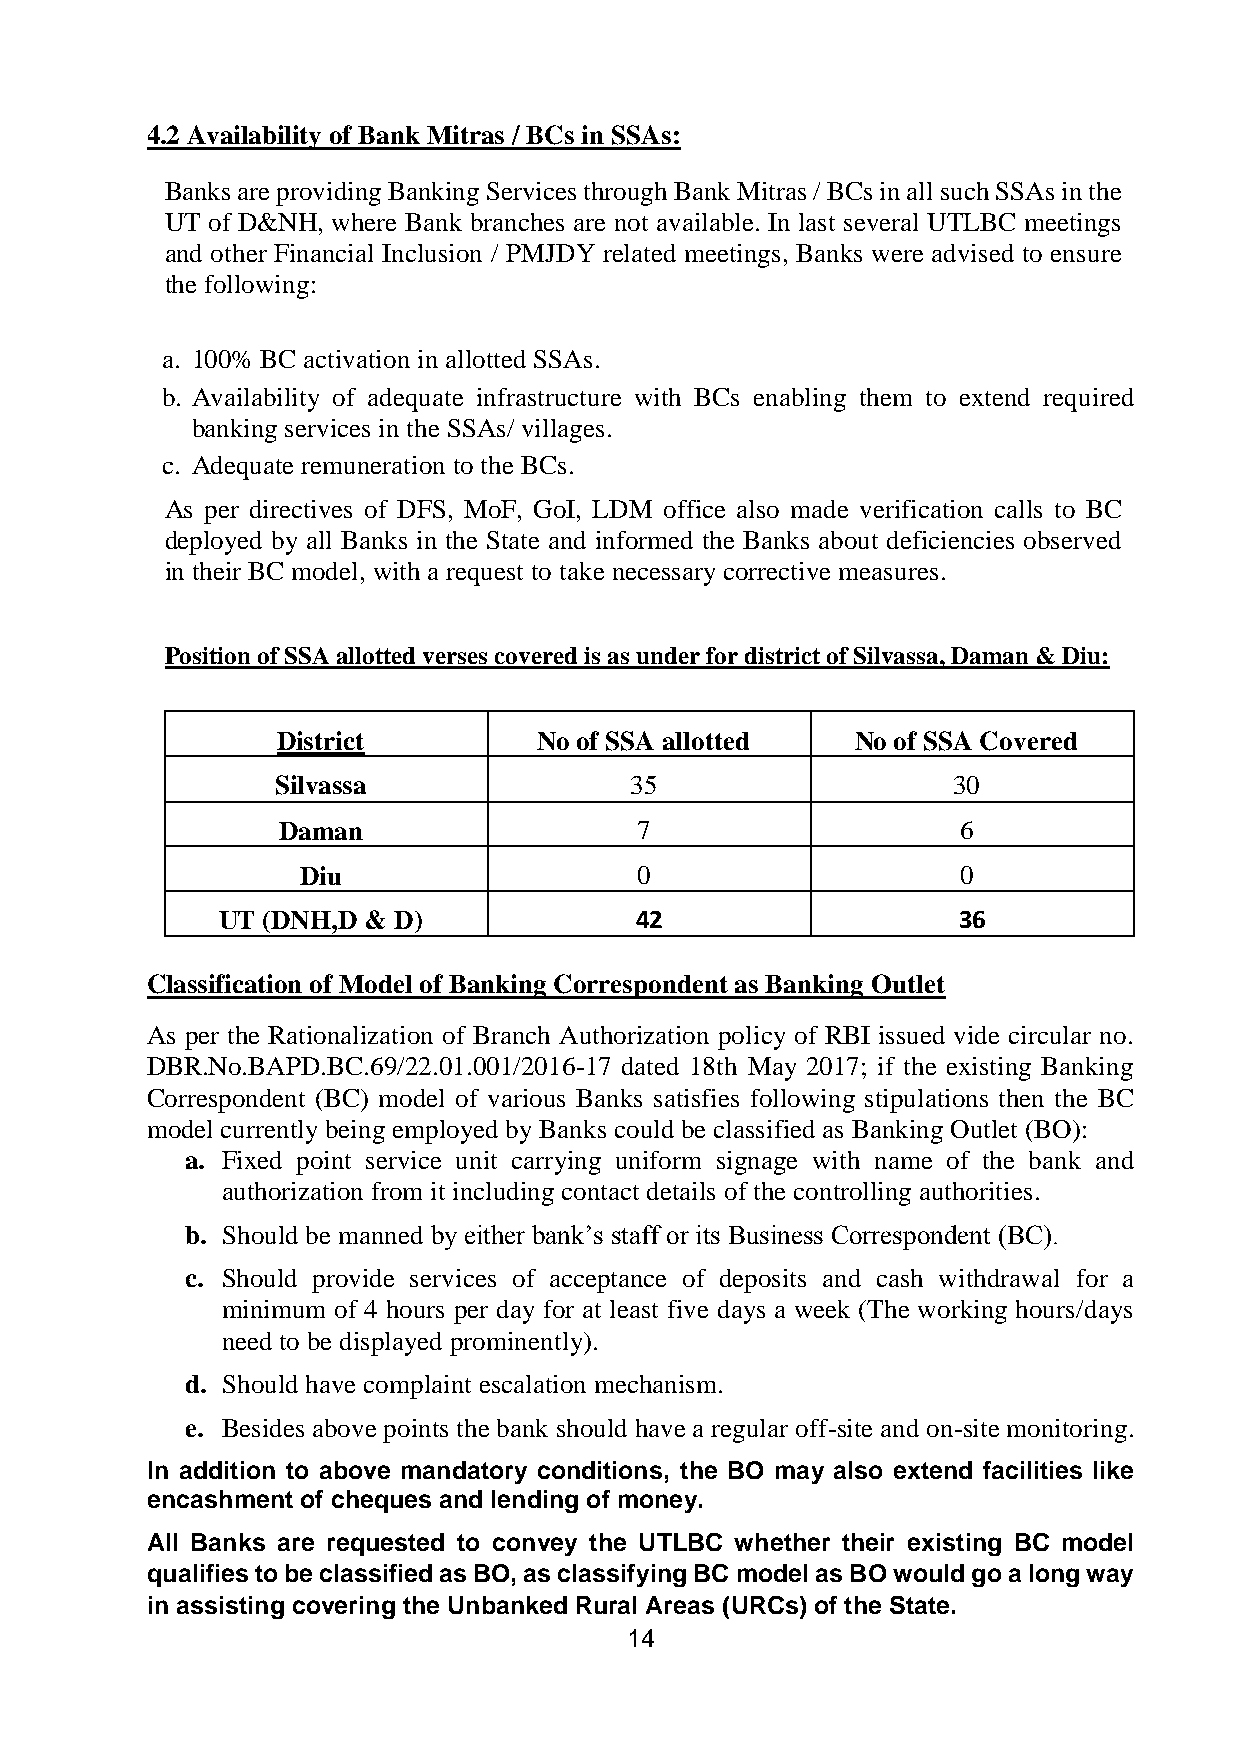
4.2 Availability of Bank Mitras / BCs in SSAs:
 Banks are providing Banking Services through Bank Mitras / BCs in all such SSAs in the
 UT of D&NH, where Bank branches are not available. In last several UTLBC meetings
 and other Financial Inclusion / PMJDY related meetings, Banks were advised to ensure
 the following:
 a. 100% BC activation in allotted SSAs.
 b. Availability of adequate infrastructure with BCs enabling them to extend required
 banking services in the SSAs/ villages.
 c. Adequate remuneration to the BCs.
 As per directives of DFS, MoF, GoI, LDM office also made verification calls to BC
 deployed by all Banks in the State and informed the Banks about deficiencies observed
 in their BC model, with a request to take necessary corrective measures.
 Position of SSA allotted verses covered is as under for district of Silvassa, Daman & Diu:
 District          No of SSA allotted   No of SSA Covered
 Silvassa                35                   30
 Daman                   7                     6
 Diu                   0                     0
 UT (DNH,D & D)              42                   36
 Classification of Model of Banking Correspondent as Banking Outlet
 As per the Rationalization of Branch Authorization policy of RBI issued vide circular no.
 DBR.No.BAPD.BC.69/22.01.001/2016-17 dated 18th May 2017; if the existing Banking
 Correspondent (BC) model of various Banks satisfies following stipulations then the BC
 model currently being employed by Banks could be classified as Banking Outlet (BO):
 a. Fixed point service unit carrying uniform signage with name of the bank and
 authorization from it including contact details of the controlling authorities.
 b. Should be manned by either bank’s staff or its Business Correspondent (BC).
 c. Should provide services of acceptance of deposits and cash withdrawal for a
 minimum of 4 hours per day for at least five days a week (The working hours/days
 need to be displayed prominently).
 d. Should have complaint escalation mechanism.
 e. Besides above points the bank should have a regular off-site and on-site monitoring.
 In addition to above mandatory conditions, the BO may also extend facilities like
 encashment of cheques and lending of money.
 All Banks are requested to convey the UTLBC whether their existing BC model
 qualifies to be classified as BO, as classifying BC model as BO would go a long way
 in assisting covering the Unbanked Rural Areas (URCs) of the State.
 14